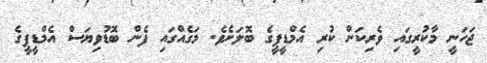
ޖަހަނީ މާކުރީގައި ވެރިކަން ކުރި އެމްޑީޕީގެ ބޮލަށެވެ. މަގެއްގައި ފެން ބޮޑުވިޔަސް އެމްޑީޕީގެ